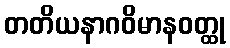
တတိယနာဂဝိမာနဝတ္ထု